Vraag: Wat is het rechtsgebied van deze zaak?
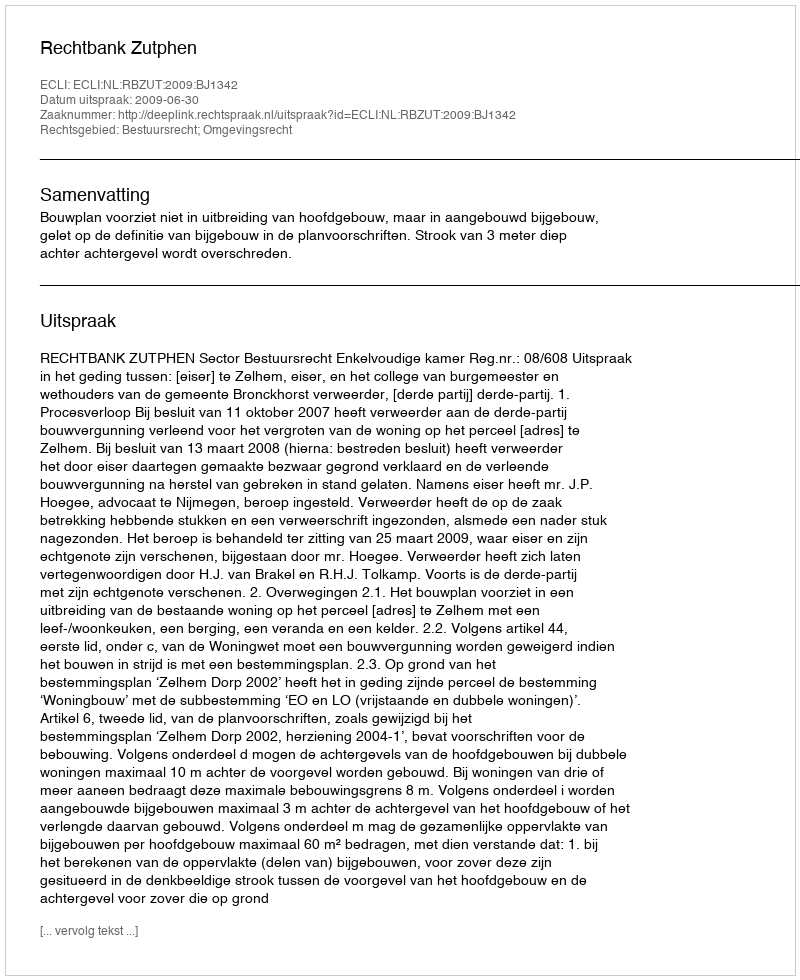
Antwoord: Bestuursrecht; Omgevingsrecht